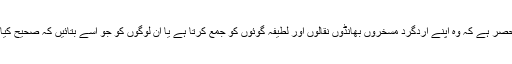
اب یہ حکمران پر منحصر ہے کہ وہ اپنے اردگرد مسخروں بھانڈوں نقالوں اور لطیفہ گوئوں کو جمع کرتا ہے یا اُن لوگوں کو جو اُسے بتائیں کہ صحیح کیا ہے اور غلط کیا ہے۔